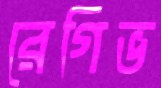
রেগিভ